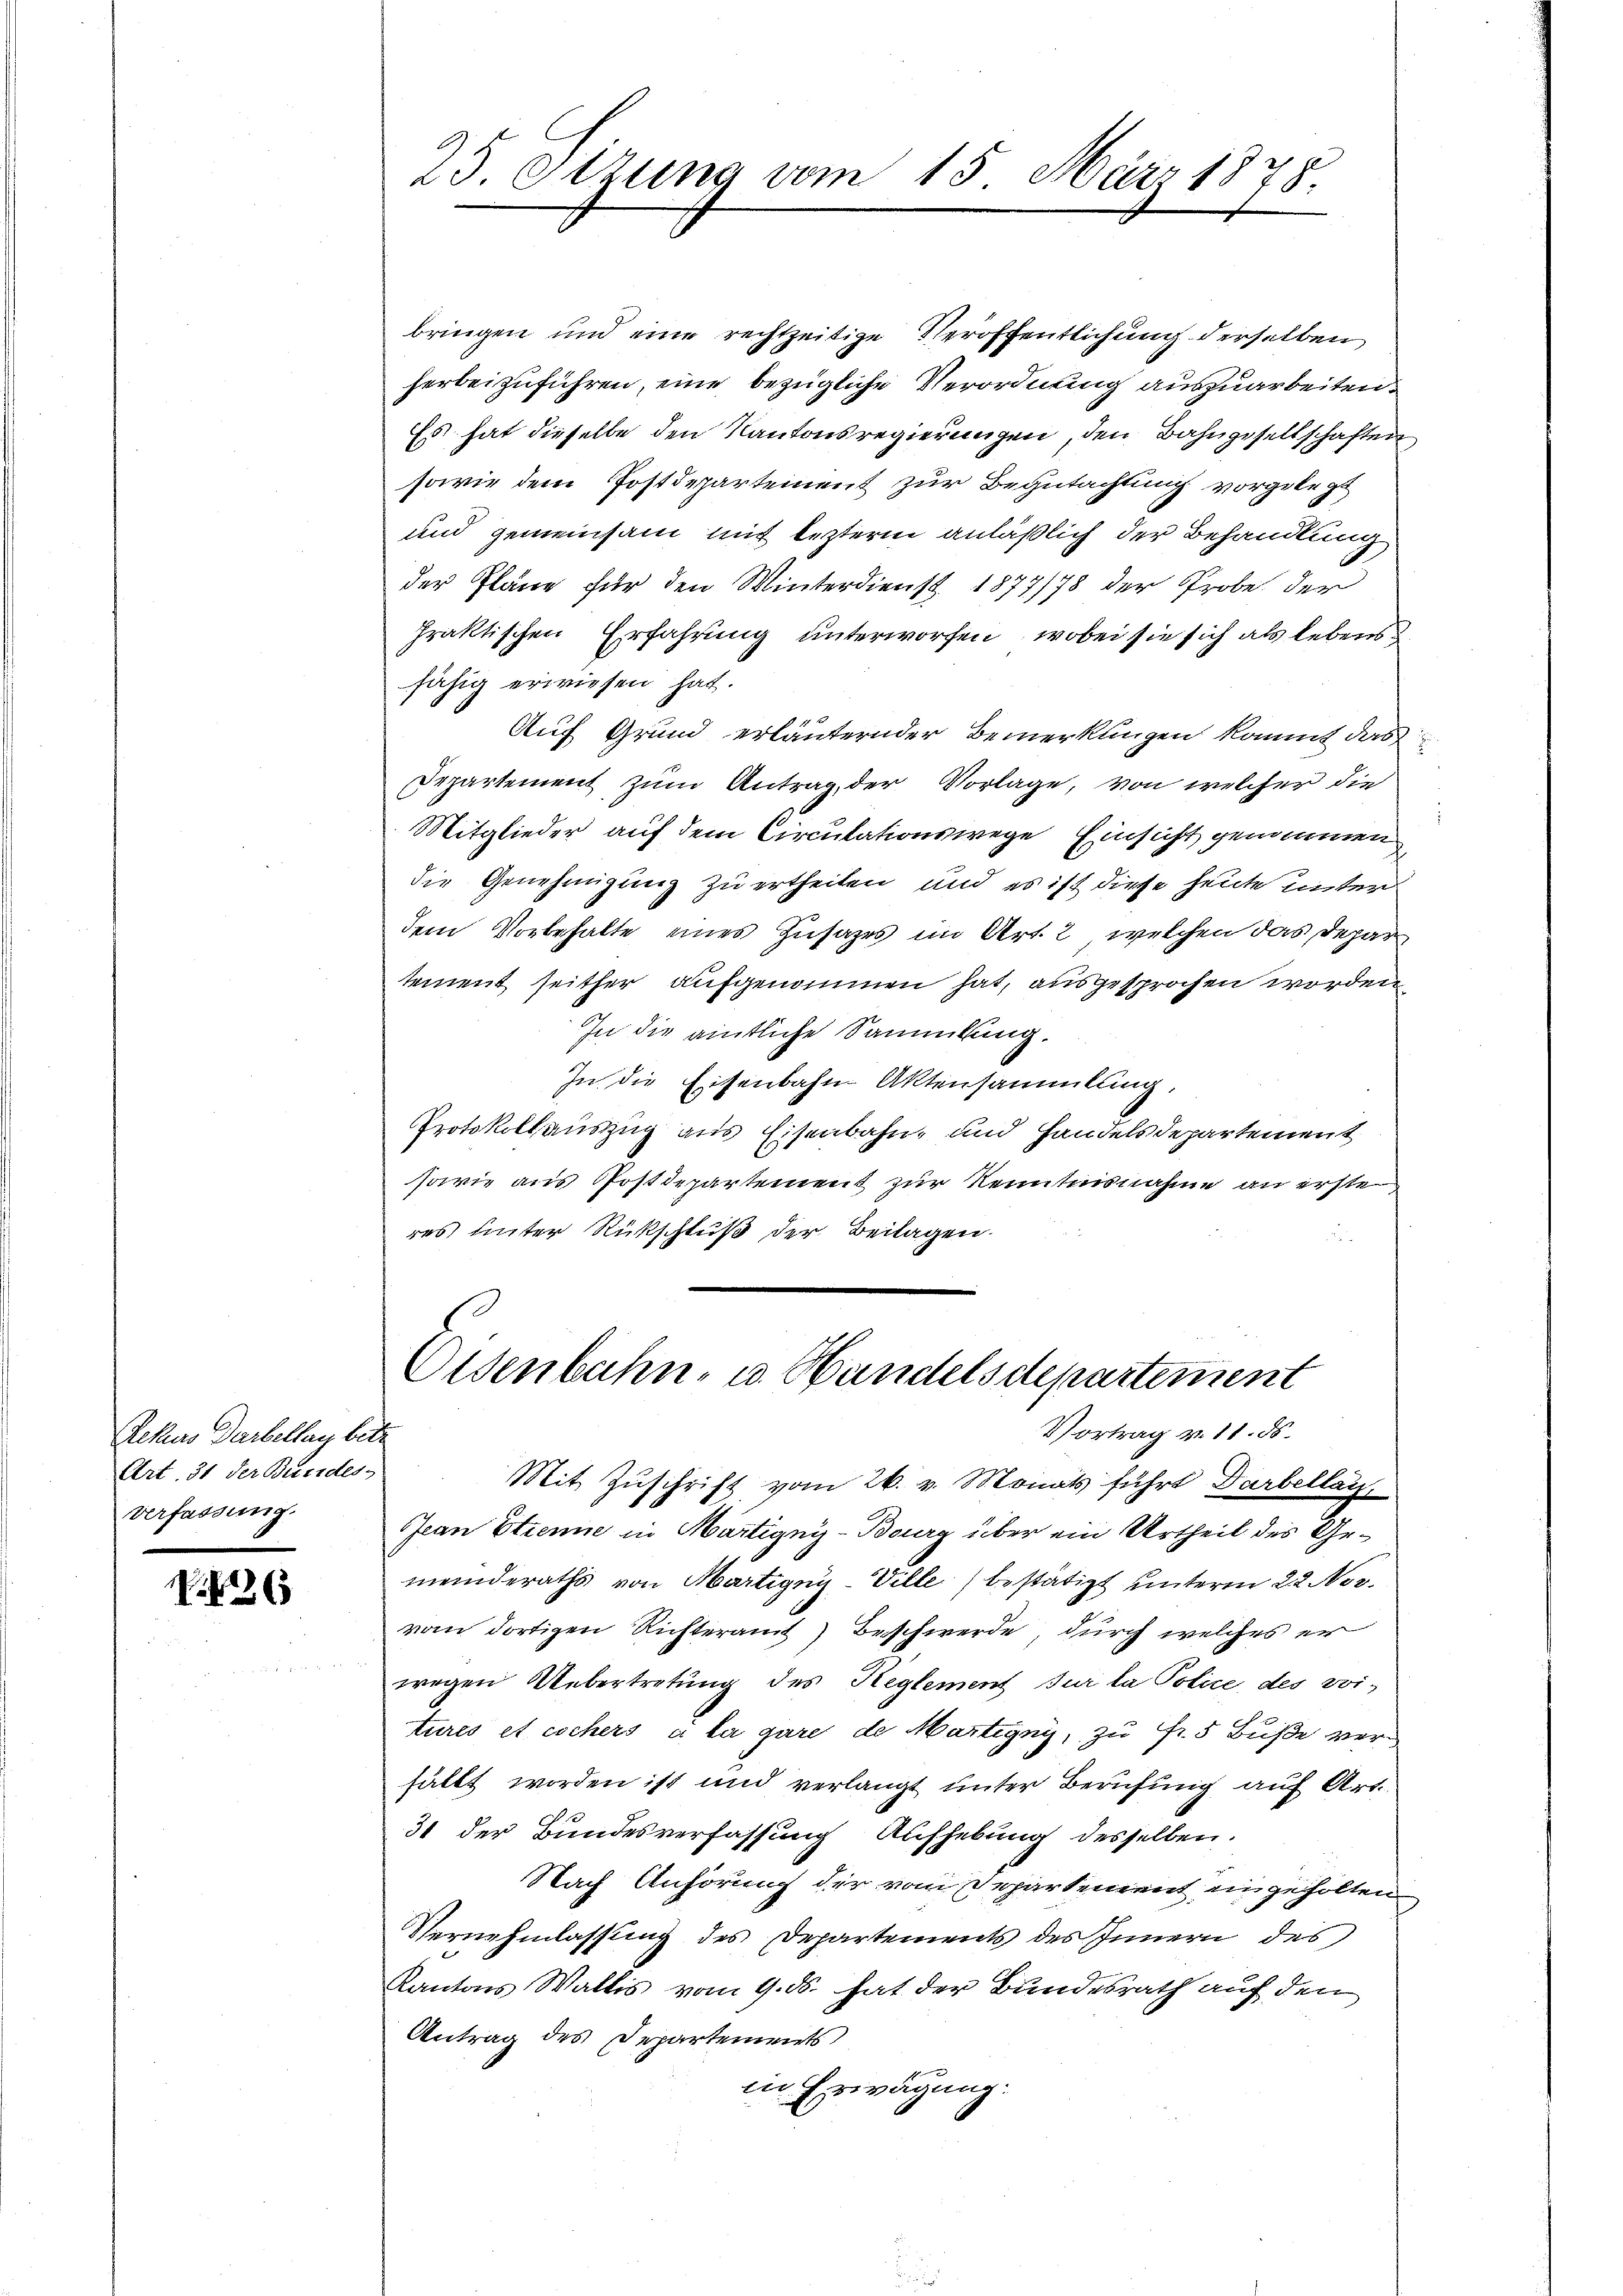
Rekurs Darbellag betr
Art. 31 der Bundes
Verfassung.

1426

bringen und eine rechtzeitige Veröffentlichung derselben
herbeizuführen, eine bezügliche Verordnung auszuarbeiten.
Es hat dieselbe den Kantonsregierungen, den Bahngesellschaften
sowie dem Postdepartement zur Begutachtung vorgelegt
und gemeinsam mit lezterm anläßlich der Behandlung
der Pläne für den Winterdienst 1877/78 der Probe der
fraktischen Erfahrung unterworfen, wobei sie sich als lebens
fähig erwiesen hat.
Auf Grund erläuternder Bemerkungen kommt das
Departement zum Antrag der Vorlage, von welcher die
Mitglieder auf dem Circulationswege Einsicht genommen
die Genehmigung zu ertheilen, und es ist diese heute unter
dem Vorbehalte eines Zusages im Art. 2, welchen das Depar
tement seither aufgenommen hat, ausgesprochen worden,
In die amtliche Sammlung.
In die Eisenbahn Aktensammlung.
Protokoll auszug aus Eisenbahn- und Handelsdepartement
sarie aus Postdepartement zur Kenntnisnahme an erste
res unter Rückschluß der Beilagen.

25. Sitzung vom 15. März 1878.

Eisenbahn- u. Handelsdepartement
Vortrag v. 11. ds.

Mit Zŭschrift vom 26. v. Monats führt Darbellat
Jean Stienne in Martigny-Burg über ein Urtheil des Gemeinderaths von Martigny-Ville) bestätigt unterm 22. Nov.
vom dortigen Richteramt Beschwerde, durch welches er
wegen Uebertretung des Reglement sur la Police des vitures et eschers à la gare de Martigny, zu Fr. 5 Buße verfällt worden ist und verlangt unter Berufung auf Art.
31 der Bundesverfassung Aufhebung desselben.
Nach Anhörung der vom Departement eingeholten
Vernehmlassung des Departements des Innern des
Kantons Wallis vom 9. ds. hat der Bundesrath auf den
Antrag des Departements,
in Erwägung.